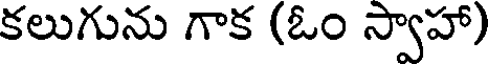
కలుగును గాక (ఓం స్వాహా)